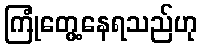
ကြုံတွေ့နေရသည်ဟု